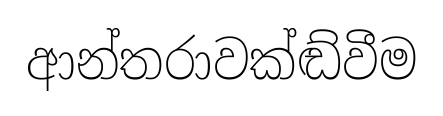
ආන්තරාවක්ඬ්වීම